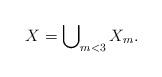
LaTeX: \begin{align*}X=\bigcup\nolimits_{m<3}X_m. \end{align*}